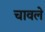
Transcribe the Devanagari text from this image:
चावले